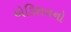
એડિશનનો